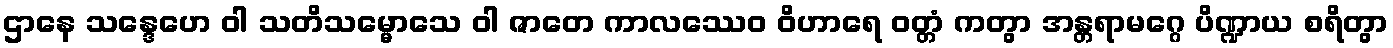
ဌာနေ သန္ဒေဟေ ဝါ သတိသမ္မောသေ ဝါ ဇာတေ ကာလဿေဝ ဝိဟာရေ ဝတ္တံ ကတွာ အန္တရာမဂ္ဂေ ပိဏ္ဍာယ စရိတွာ